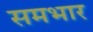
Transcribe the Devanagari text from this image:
समभार